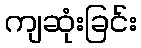
ကျဆုံးခြင်း